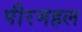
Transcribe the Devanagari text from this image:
पीरमहल